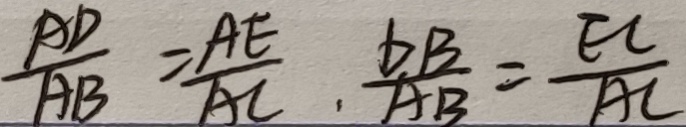
\frac { A D } { A B } = \frac { A E } { A C } , \frac { D B } { A B } = \frac { E C } { A C }